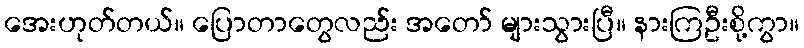
အေးဟုတ်တယ်။ ပြောတာတွေလည်း အတော် များသွားပြီ။ နားကြဦးစို့ကွာ။